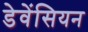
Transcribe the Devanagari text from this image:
डेवेंसियन